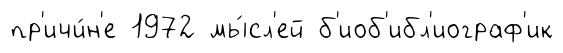
пр'ичи́н'е 1972 мы́сл'ей б'иоб'ибл'иограф'ик